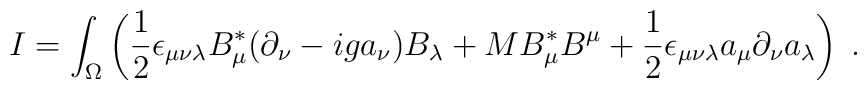
I = \int_\Omega\left(\frac{1}{2}\epsilon_{\mu\nu\lambda}B^*_\mu(\partial_\nu - iga_\nu)B_\lambda+MB^*_\mu B^\mu+ \frac{1}{2}\epsilon_{\mu\nu\lambda}a_\mu\partial_\nu a_\lambda\right)\;.